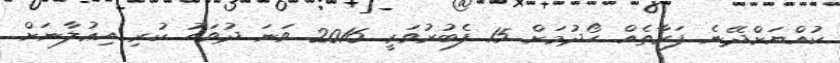
ކުއްޔަށްދޭނެ ފަރާތެއް ހޯދުމަށް 15 ފެބުރުވަރީ 2016 ވަނަ ދުވަހު ކުރި އިޢުލާނަށް